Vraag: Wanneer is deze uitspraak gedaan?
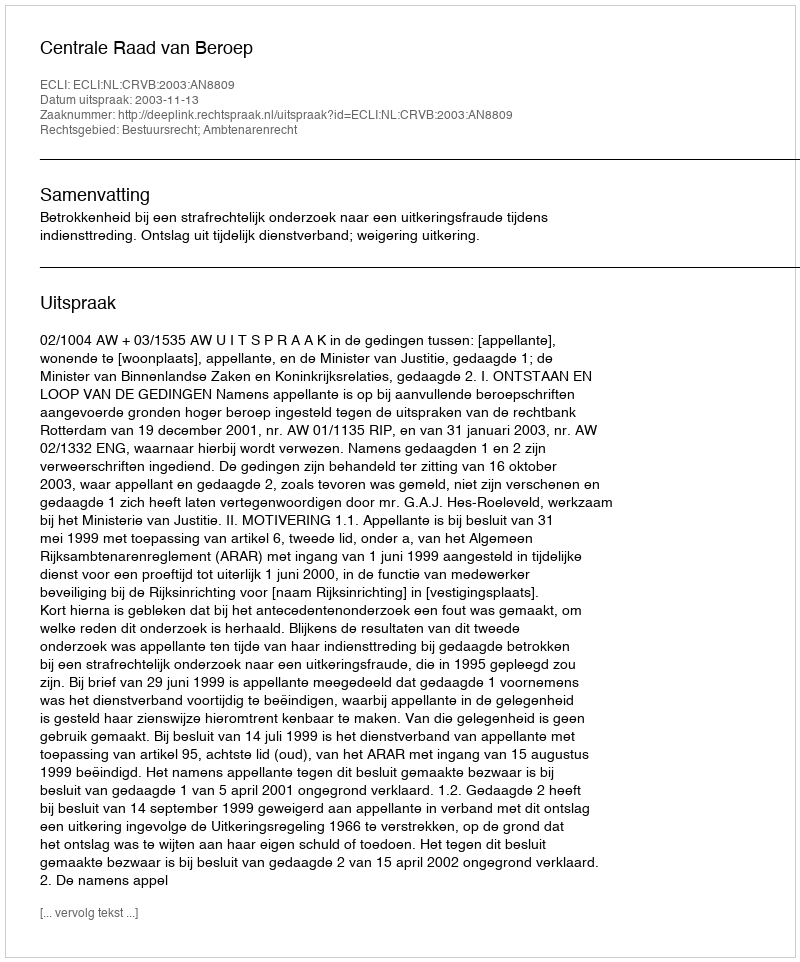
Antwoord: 2003-11-13